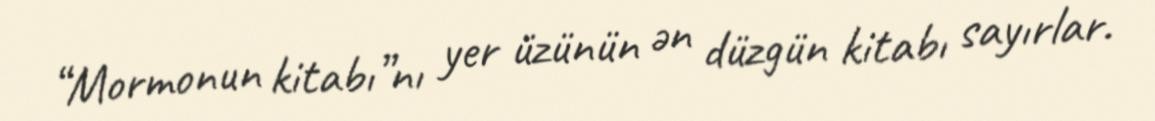
“Mormonun kitabı”nı yer üzünün ən düzgün kitabı sayırlar.